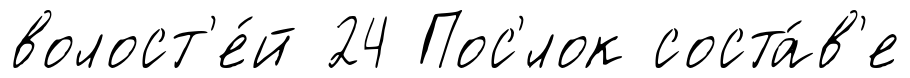
волост'е́й 24 Пос'́лок соста́в'е